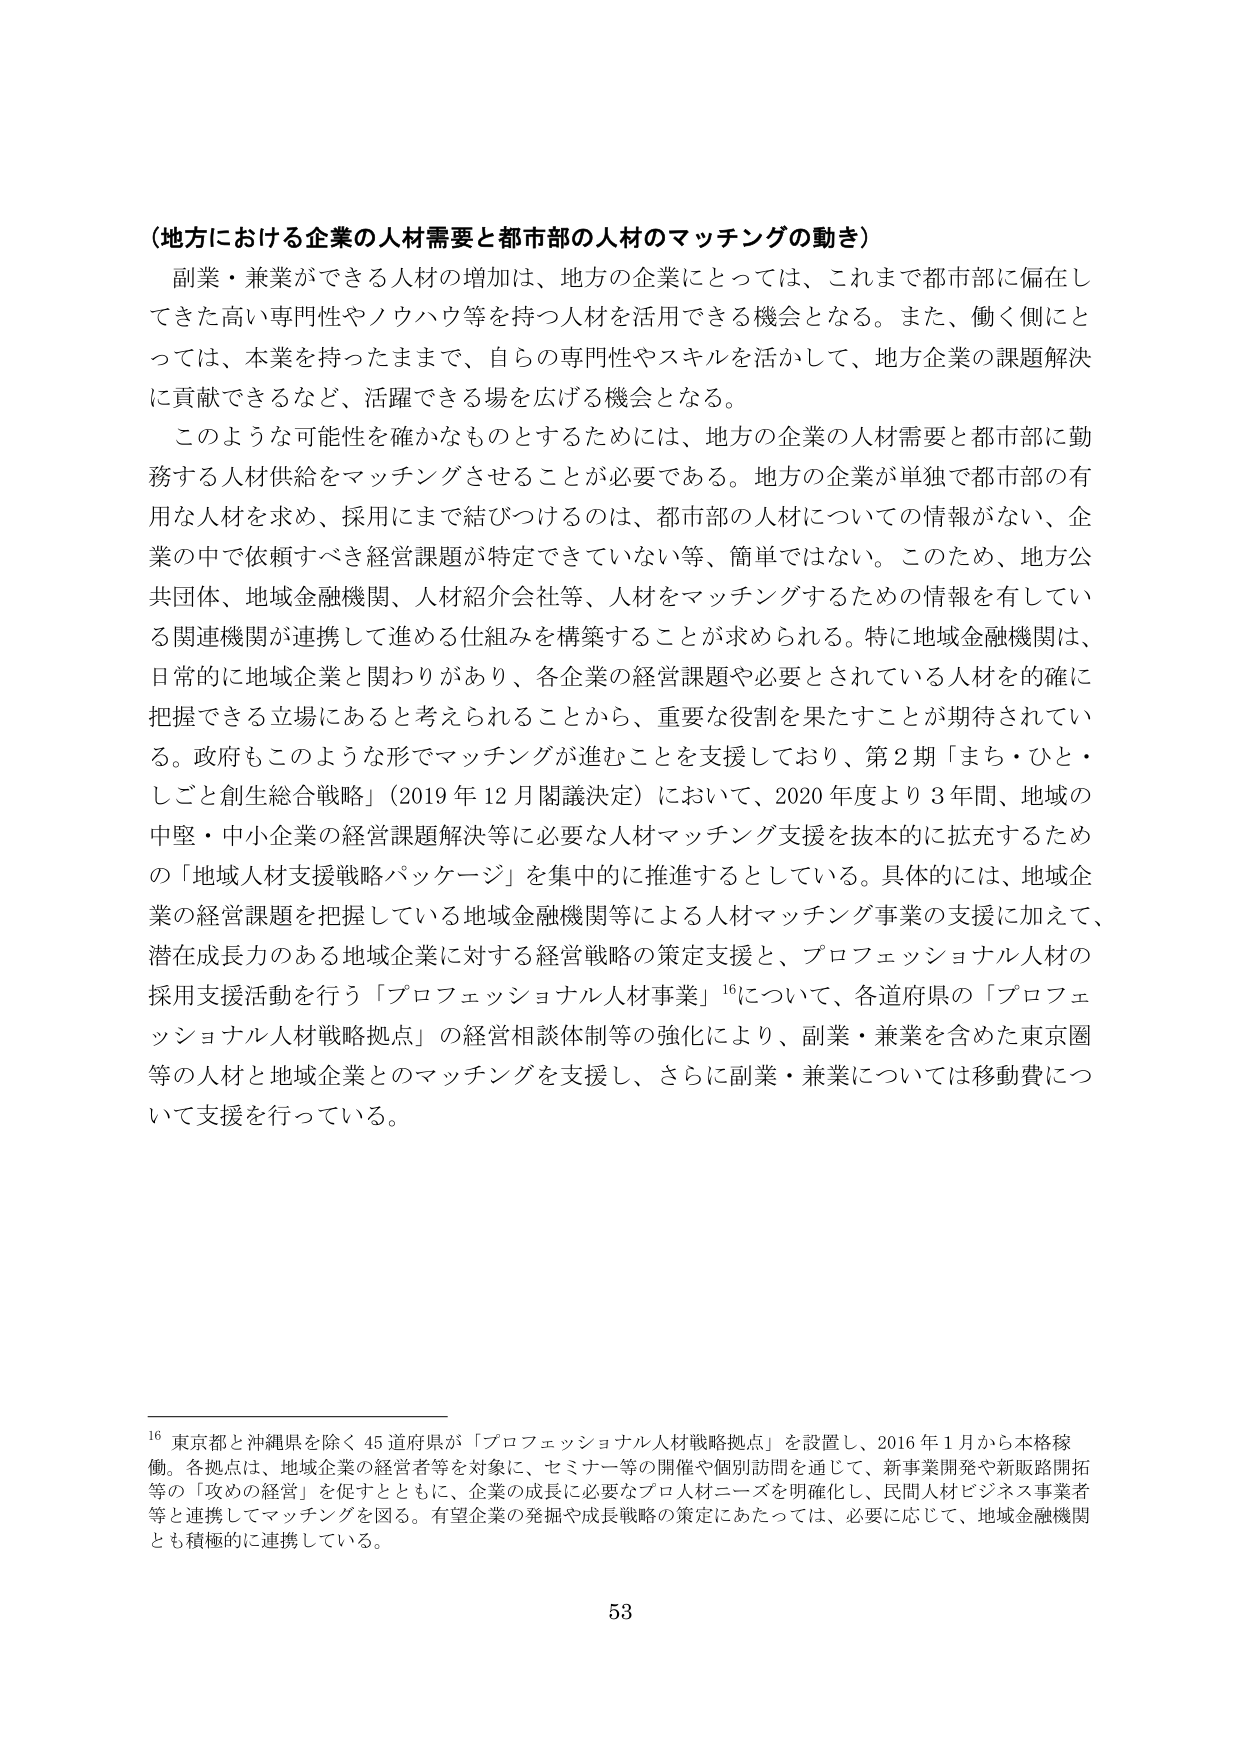
（地方における企業の人材需要と都市部の人材のマッチングの動き）

副業・兼業ができる人材の増加は、地方の企業にとっては、これまで都市部に偏在してきた高い専門性やノウハウ等を持つ人材を活用できる機会となる。また、働く側にとっては、本業を持ったまま、自らの専門性やスキルを活かして、地方企業の課題解決に貢献できるなど、活躍できる場を広げる機会となる。

このような可能性を確かなものとするためには、地方の企業の人材需要と都市部に勤務する人材供給をマッチングさせることが必要である。地方の企業が単独で都市部の有用な人材を求め、採用にまで結びつけるのは、都市部の人材についての情報がない、企業の中で依頼すべき経営課題が特定できていない等、簡単ではない。このため、地方公共団体、地域金融機関、人材紹介会社等、人材をマッチングするための情報を有している関連機関が連携して進める仕組みを構築することが求められる。特に地域金融機関は、日常的に地域企業と関わりがあり、各企業の経営課題や必要とされている人材を的確に把握できる立場にあると考えられることから、重要な役割を果たすことが期待されている。政府もこのような形でマッチングが進むことを支援しており、第2期「まち・ひと・しごと創生総合戦略」（2019年12月閣議決定）において、2020年度より3年間、地域の中堅・中小企業の経営課題解決等に必要な人材マッチング支援を抜本的に拡充するための「地域人材支援戦略パッケージ」を集中的に推進するとしている。具体的には、地域企業の経営課題を把握している地域金融機関等による人材マッチング事業の支援に加えて、潜在成長力のある地域企業に対する経営戦略の策定支援と、プロフェッショナル人材の採用支援活動を行う「プロフェッショナル人材事業」¹⁶について、各道府県の「プロフェッショナル人材戦略拠点」の経営相談体制等の強化により、副業・兼業を含めた東京圏等の人材と地域企業とのマッチングを支援し、さらに副業・兼業については移動費について支援を行っている。

¹⁶ 東京都と沖縄県を除く45道府県が「プロフェッショナル人材戦略拠点」を設置し、2016年1月から本格稼働。各拠点は、地域企業の経営者等を対象に、セミナー等の開催や個別訪問を通じて、新事業開発や新販路開拓等の「攻めの経営」を促すとともに、企業の成長に必要なプロ人材ニーズを明確化し、民間人材ビジネス事業者等と連携してマッチングを図る。有望企業の発掘や成長戦略の策定にあたっては、必要に応じて、地域金融機関とも積極的に連携している。

53